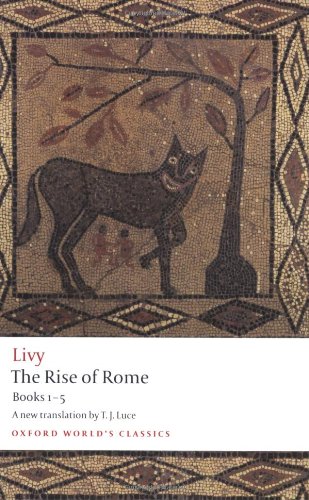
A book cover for The Rise of Rome: Books One to Five (Oxford World's Classics) (Bks. 1-5); Livy; History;